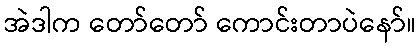
အဲဒါက တော်တော် ကောင်းတာပဲနော်။